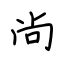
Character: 尚